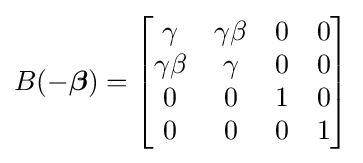
B(-{\boldsymbol {\beta }})={\begin{bmatrix}\gamma &\gamma \beta &0&0\\\gamma \beta &\gamma &0&0\\0&0&1&0\\0&0&0&1\\\end{bmatrix}}